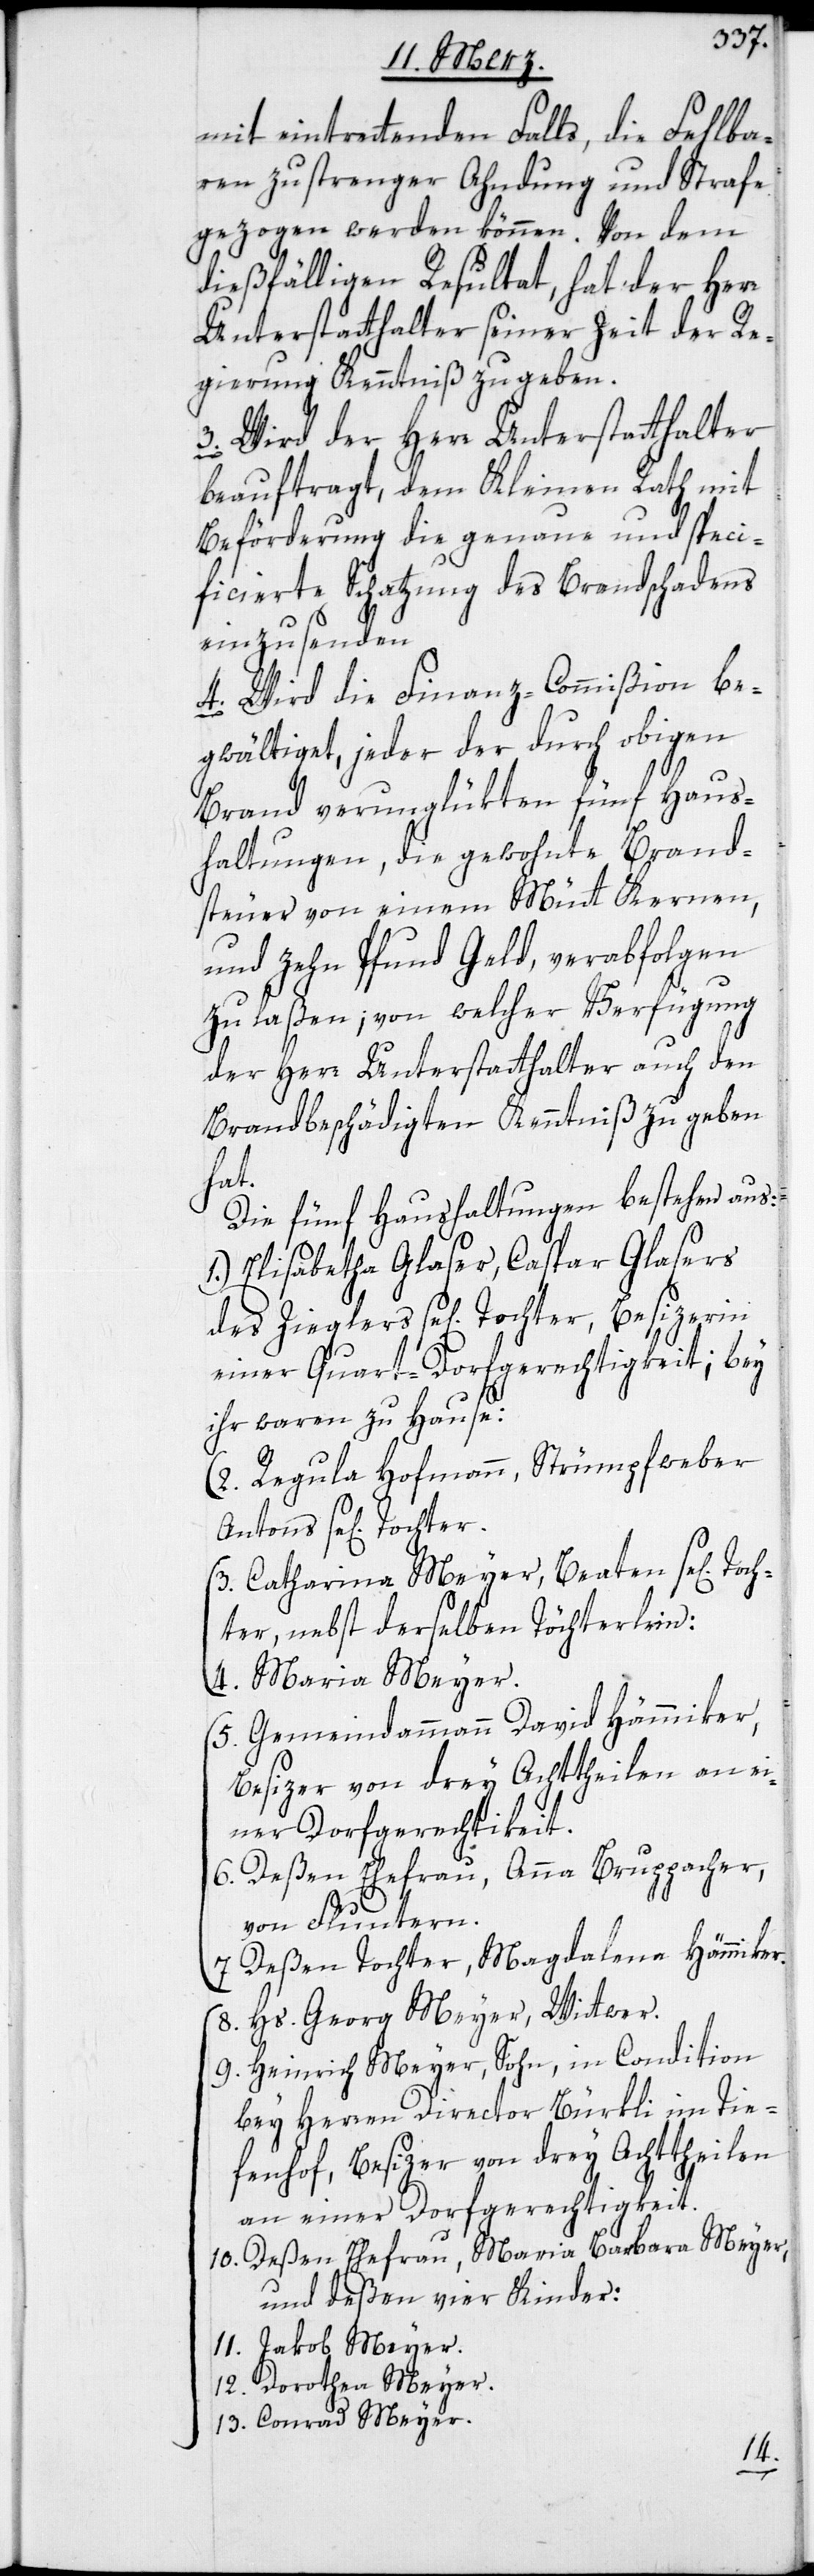
mit eintrettenden Falls, die Fehlba¬
ren zu strenger Ahndung und Strafe
gezogen werden können. Von dem
dießfälligen Resultat hat der Herr
Unterstatthalter seiner Zeit der Re¬
gierung Kenntniß zu geben.
3. Wird der Herr Unterstatthalter
beauftragt, dem Kleinen Rath mit
Beförderung die genaue und speci¬
ficierte Schatzung des Brandschadens
einzusenden.
4. Wird die Finanz-Commißion be¬
gwältiget, jeder der durch obigen
Brand verunglükten fünf Haus¬
haltungen, die gewohnte Brand¬
steuer von einem Mütt Kernen,
und zehn Pfund Geld, verabfolgen
zu laßen, von welcher Verfügung
der Herr Unterstatthalter auch den
Brandbeschädigten Kenntniß zu geben
Toch¬
Die fünf Haushaltungen bestehen aus:
1.) Elisabetha Glaser, Caspar Glasers
einer Quart-Dorfgerechtigkeit; bey
ihr waren zu Hause:
2.) Regula Hofmann, Strümpfweber
3.) Catharina Meyer, Beaten se[ligen]
ter, nebst derselben Töchterlein:
4.) Maria Meyer.
5.) Gemeindammann David Hämmiker,
Besizer von drey Achttheilen an ei¬
ner Dorfgerechtigkeit.
6.) Deßen Ehefrau, Anna Bruppacher
von Fluntern.
Deßen Tochter, Magdalena Hämmiker.
8.) Hs. Georg Meyer, Wittwer.
9.) Heinrich Meyer, Sohn, in Condition
bey Herren Director Bürkli im Tie¬
fenhof, Besizer von drey Achttheilen
an einer Dorfgerechtigkeit.
10) Deßen Ehefrau, Maria Barbara Meyer,
und deßen vier Kinder:
11) Jakob Meyer.
12) Dorothea Meyer.
13) Conrad Meyer.